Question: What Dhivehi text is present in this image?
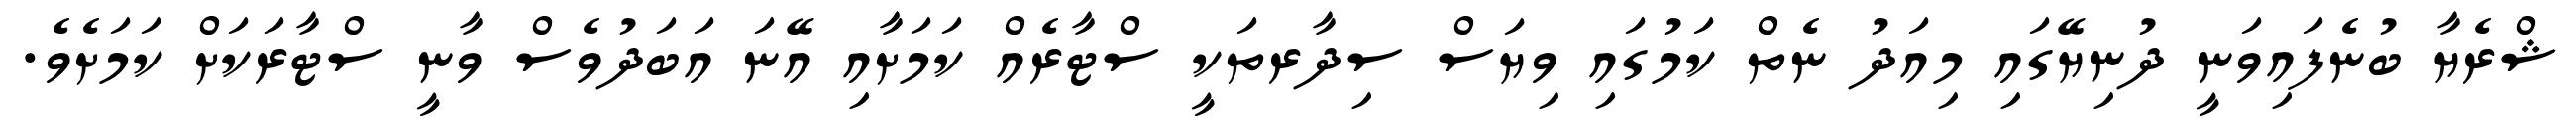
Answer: ޝްރެޔާ ބުނެފައިވަނީ ދުނިޔޭގައި މިއަދު ނެތް ކަމުގައި ވިޔަސް ސިދާރތަކީ ސްޓާރެއް ކަމަށާއި އޭނަ އަބަދުވެސް ވާނީ ސްޓާރަކަށް ކަމަށެވެ.